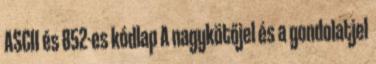
ASCII és 852-es kódlap A nagykötőjel és a gondolatjel